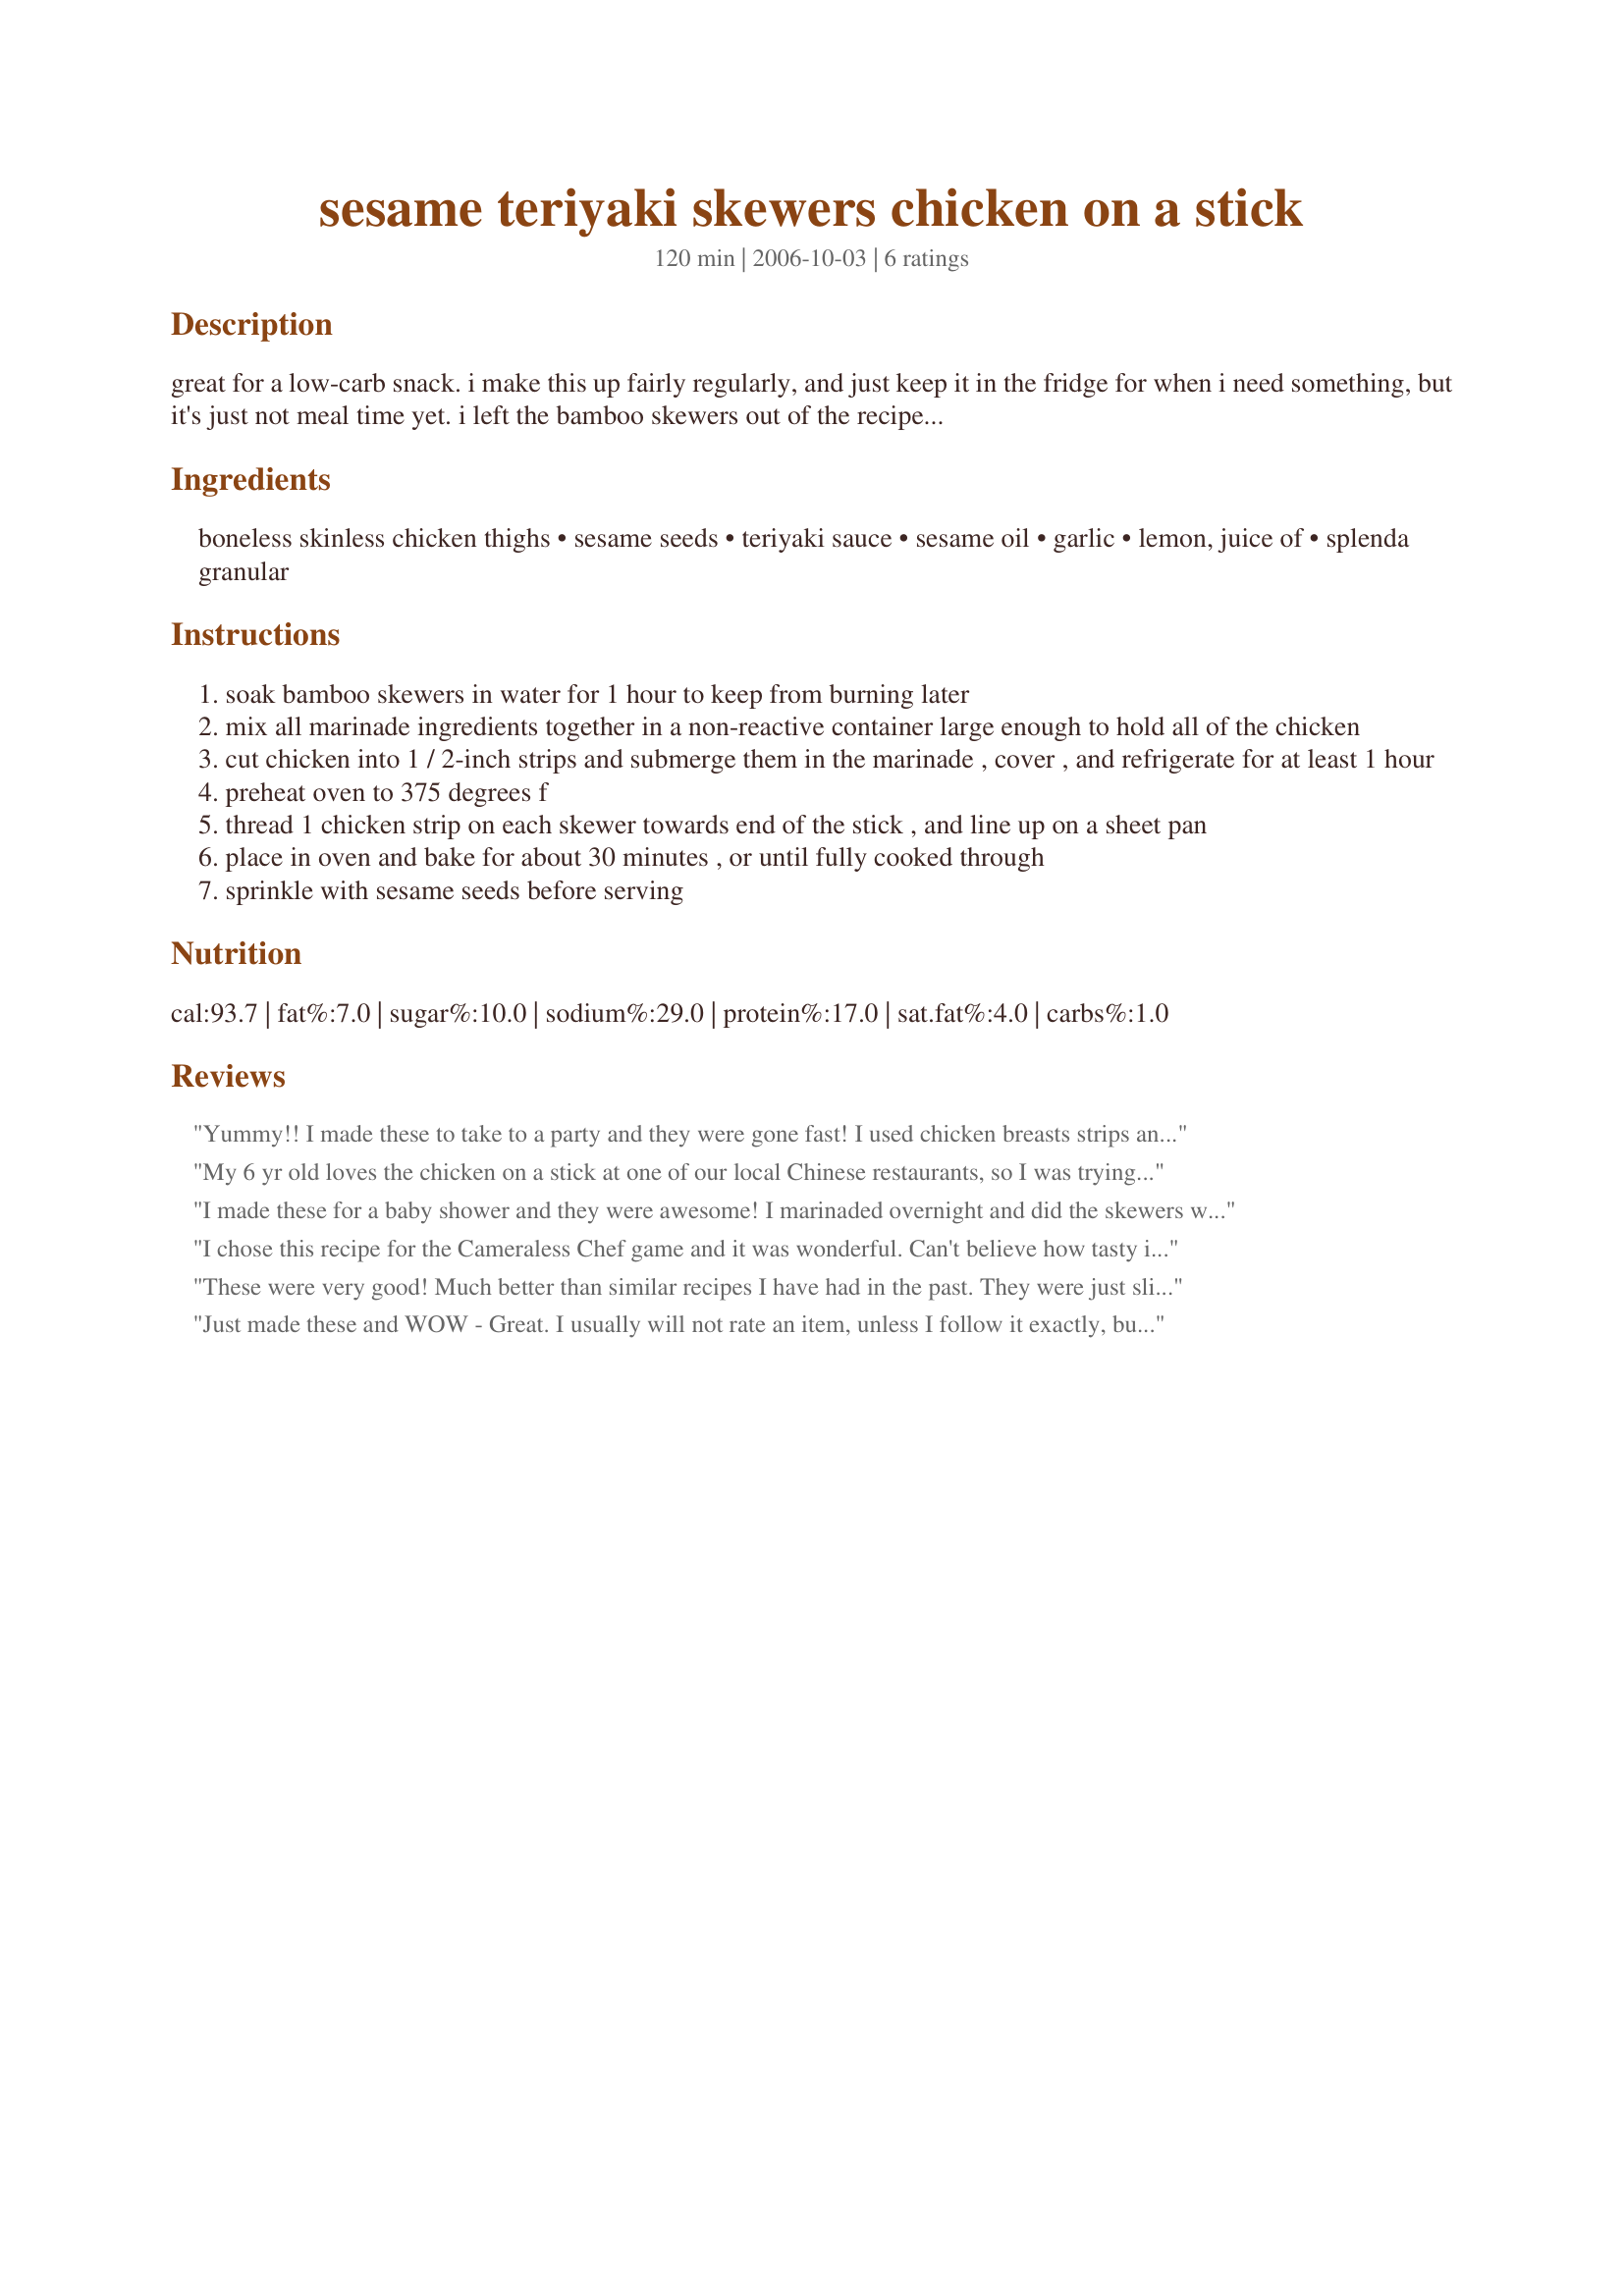
sesame teriyaki skewers chicken on a stick
Preparation time: 120 minutes

great for a low-carb snack. i make this up fairly regularly, and just keep it in the fridge for when i need something, but it's just not meal time yet. i left the bamboo skewers out of the recipe list, and the prep time includes 1 hour of marinading...

Ingredients:
boneless skinless chicken thighs, sesame seeds, teriyaki sauce, sesame oil, garlic, lemon, juice of, splenda granular

Steps:
soak bamboo skewers in water for 1 hour to keep from burning later
mix all marinade ingredients together in a non-reactive container large enough to hold all of the chicken
cut chicken into 1 / 2-inch strips and submerge them in the marinade , cover , and refrigerate for at least 1 hour
preheat oven to 375 degrees f
thread 1 chicken strip on each skewer towards end of the stick , and line up on a sheet pan
place in oven and bake for about 30 minutes , or until fully cooked through
sprinkle with sesame seeds before serving

Reviews:
Yummy!! I made these to take to a party and they were gone fast! I used chicken breasts strips and doubled the recipe. I marinated the chicken overnight and cooked them in the morning. I put down a sheet of parchment paper so they wouldn't stick to the pan and cooked for 40 minutes,turning 1/2 way through. Wonderful and full of flavor! Thanks!!
My 6 yr old loves the chicken on a stick at one of our local Chinese restaurants, so I was trying to find a recipe similar to it. This wasn't it, but it was still pretty good...she liked it, ate 3 sticks!! It was really easy to do too.
I made these for a baby shower and they were awesome! I marinaded overnight and did the skewers with red onion and red bell pepper and cooked in the oven for 25 min at 350 and they cooked perfectly. The taste was great. I used the thigh meat-in expensive and juicy. Will be making again!
I chose this recipe for the Cameraless Chef game and it was wonderful. Can't believe how tasty it was and the whole family loved it. Great flavor and thanks for sharing a recipe that the whole family enjoyed.
These were very good! Much better than similar recipes I have had in the past. They were just slightly salty, so perhaps someone sensitive to sodium could use a low sodium teriyaki? Thanks for the great recipe!
Just made these and WOW - Great. I usually will not rate an item, unless I follow it exactly, but - making an exception this time.&lt;br/&gt;&lt;br/&gt;The only changes - I didn&#039;t have sesame seeds and I grilled instead of baked.&lt;br/&gt;&lt;br/&gt;On the grill - these are awesome :). The sesame seed oil makes them just a little crispy.&lt;br/&gt;&lt;br/&gt;Will make these again - thank you for posting.
